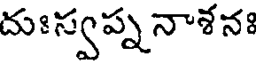
దుఃస్వప్ననాశనః